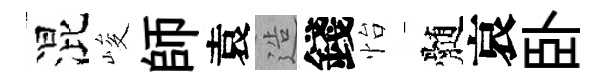
混峻師袁造錢怡髄哀卧